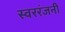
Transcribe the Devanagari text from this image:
स्वररंजनी